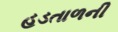
હડતાળની